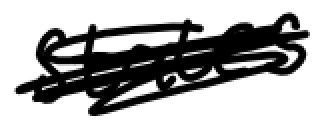
Text: States
Cross-out: scratch
Writing tool: digital_black